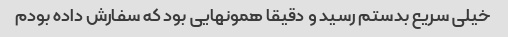
خیلی سریع بدستم رسید و دقیقا همونهایی بود که سفارش داده بودم